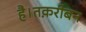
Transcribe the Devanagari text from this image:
है।तक़रीबन